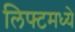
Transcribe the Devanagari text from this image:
लिफ्टमध्ये